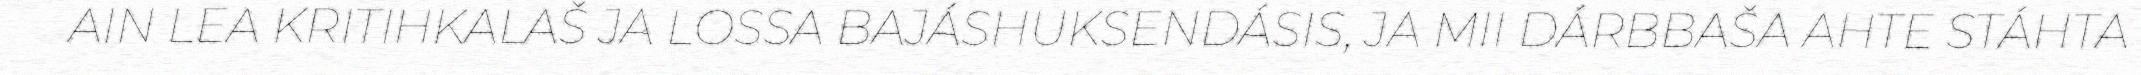
AIN LEA KRITIHKALAŠ JA LOSSA BAJÁSHUKSENDÁSIS, JA MII DÁRBBAŠA AHTE STÁHTA